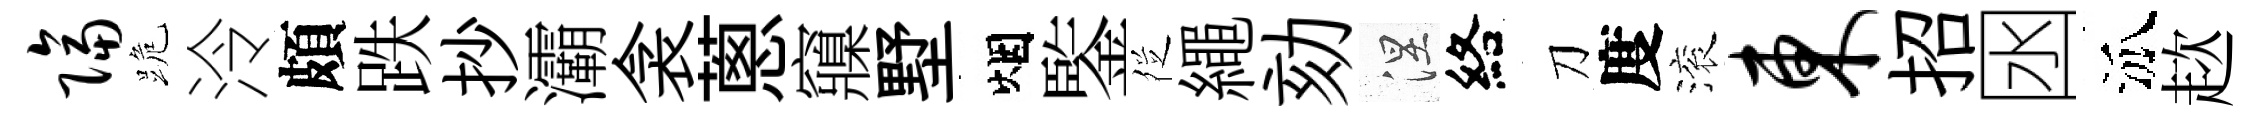
隔跪泠頗跌抄灞衾蔥䆿墅烟鍳徔繩劾涅絡刀度滚东招囦泒趑